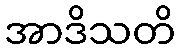
အာဒိသတိ